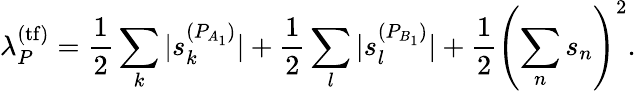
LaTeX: \lambda_{P}^{(\mathrm{tf})}=\frac{1}{2}\sum_{k}|s_{k}^{(P_{A_{1}})}|+\frac{1}{2}\sum_{l}|s_{l}^{(P_{B_{1}})}|+\frac{1}{2}\left(\sum_{n}s_{n}\right)^{2}.